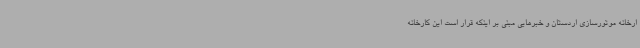
ارخانه موتورسازی اردستان و خبرهایی مبنی بر اینکه قرار است این کارخانه